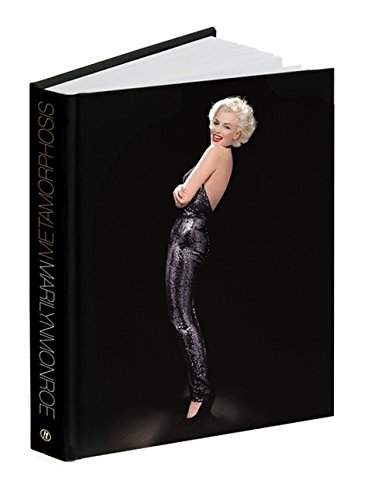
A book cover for Marilyn Monroe: Metamorphosis; David Wills; Arts & Photography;